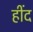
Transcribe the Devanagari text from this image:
हींद